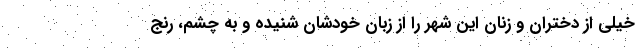
خیلی از دختران و زنان این شهر را از زبان خودشان شنیده و به چشم، رنج